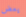
يعض